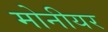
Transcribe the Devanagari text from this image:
मोनीयर